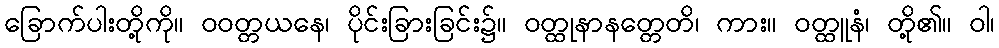
ခြောက်ပါးတို့ကို။ ဝဝတ္တယနေ၊ ပိုင်းခြားခြင်း၌။ ဝတ္ထုနာနတ္တေတိ၊ ကား။ ဝတ္ထူနံ၊ တို့၏။ ဝါ၊